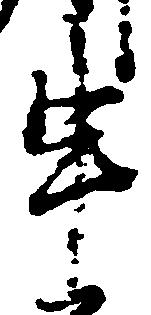
申